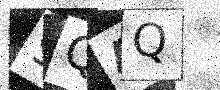
Text: 9QAQ